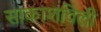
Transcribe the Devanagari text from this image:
साकाशविली